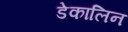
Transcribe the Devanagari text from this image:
डेकालिन